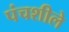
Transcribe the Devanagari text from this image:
पंचशीले